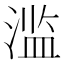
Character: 滥